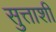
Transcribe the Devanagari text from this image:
सुत्ताशी